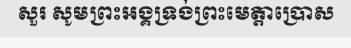
សួរ សូមព្រះអង្គទ្រង់ព្រះមេត្តាប្រោស